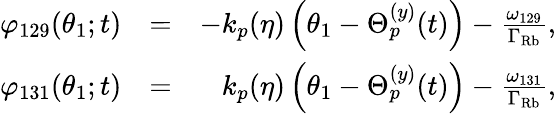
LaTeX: \begin{array}{rlr}{\varphi_{129}(\theta_{1};t)}&{=}&{-k_{p}(\eta)\left(\theta_{1}-\Theta_{p}^{(y)}(t)\right)-\frac{\omega_{129}}{\Gamma_{\mathrm{Rb}}},}\\ {\varphi_{131}(\theta_{1};t)}&{=}&{k_{p}(\eta)\left(\theta_{1}-\Theta_{p}^{(y)}(t)\right)-\frac{\omega_{131}}{\Gamma_{\mathrm{Rb}}},}\end{array}